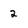
Character: 2